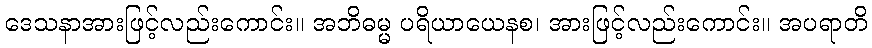
ဒေသနာအားဖြင့်လည်းကောင်း။ အဘိဓမ္မ ပရိယာယေနစ၊ အားဖြင့်လည်းကောင်း။ အပရာတိ